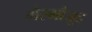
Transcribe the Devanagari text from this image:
गैरमौजूद